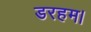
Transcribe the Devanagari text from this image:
डरहम।